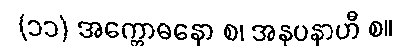
(၁၁) အက္ကောဓနော စ၊ အနုပနာဟီ စ။